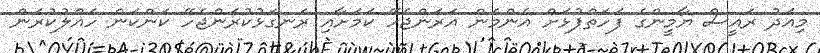
މިއަދު ރައީސް ޔާމީންގެ ފަހަތްޕުޅަށް އެންމެން އަރަންޖެހޭ ކަމަށާއި ރަނގަޅުކުރަންޖެހޭ ކަންކަން ހައްލުކުރަން